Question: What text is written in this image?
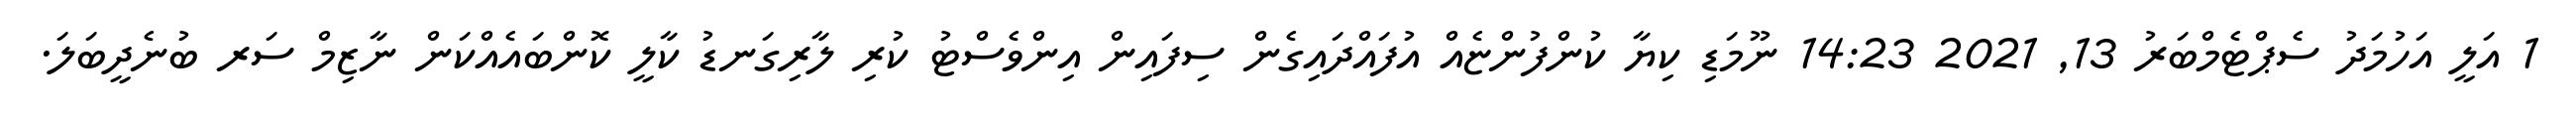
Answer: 1 އަލީ އަހުމަދު ސެޕްޓެމްބަރު 13, 2021 14:23 ނޫމަޑި ކިޔާ ކުންފުންޏެއް އުފައްދައިގެން ސިފައިން އިންވެސްޓު ކުރި ލާރިގަނޑު ކާލީ ކޮންބައެއްކަން ނާޒިމް ސަރ ބުނެދީބަލަ.